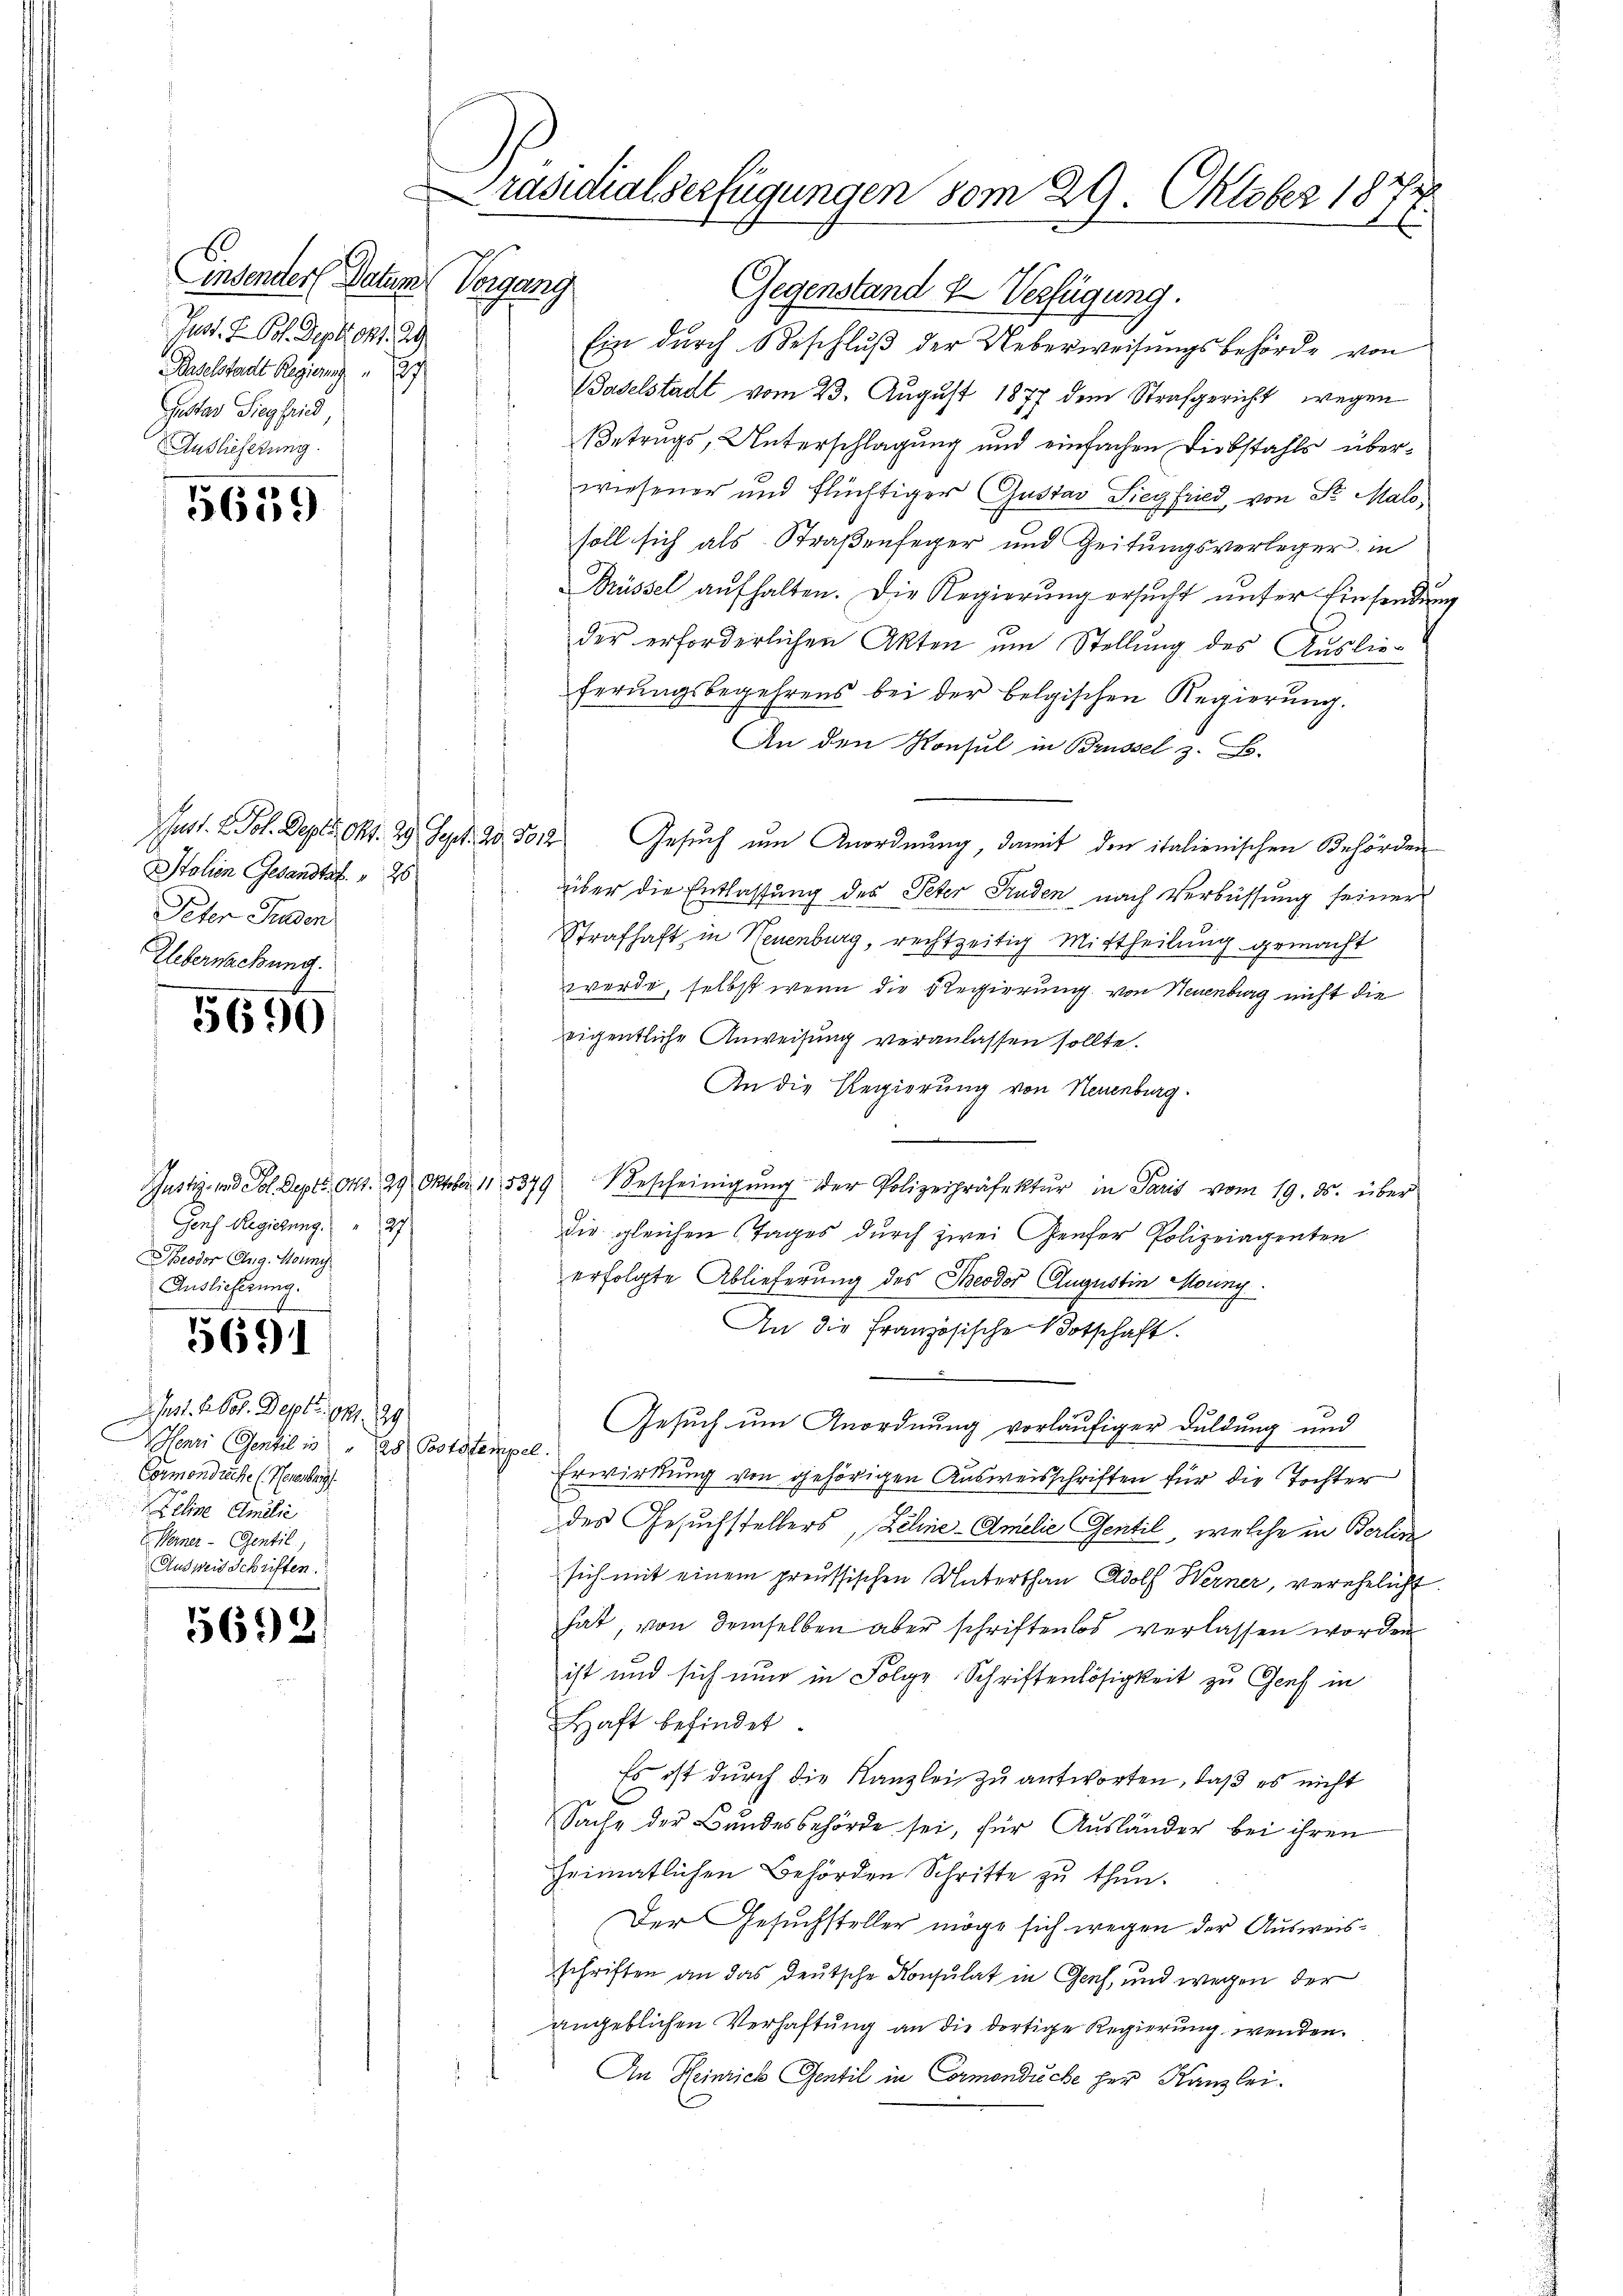
Einsenders Datum Vorgang
Just. F. Pol. Depart. 29
Baselstadt Regierung
Pestar Siegfried
Auslieferung

5619

Italien Gesandten " 20
Peter Juden
Ueberwachung.

5690

Gens Regierung.    "  27
Beodor Aug. Sonny
Auslieferung.

5691

hst. I. bot. Dept. 141. 29
Henri Gentil in " 128 Poststempel.
Gormondreche (Neuenburg
Zeline Amilie
Werner - Gentil
Ausweis Schriften.

5692

Präsidialserfügungen vom 29. Oktober 1877

Gegenstand & Verfügung.
Ein durch Beschluß der Ueberweisungsbehörde von
Baselstadt vom 23. August 1877 dem Strafgericht wegen
Betrugs, Unterschlagung und einfachen Diebstahls überwiesener und flüchtiger Gustav Siegfried, von Sr. Malosoll sich als Straßenfeger und Zeitungsverleger in
rüssel aŭfhalten. Die Regierŭng ersŭcht ŭnter Einsendŭn
der erforderlichen Akten um Stellung des Auslieferungsbegehrens bei der belgischen Regierung.
An den Konsul in Brüssel z. B.
Juss. E. Pol. Depts, Okt. 29. Sept. 205012) Gesuch um Anordnung, damit den italienischen Behörden
über die Entlassung des Peter Finden, nach Verbüssung seiner
Strafhaft in Neuenburg, rechtzeitig Mittheilung gemacht
werde, selbst wenn die Regierung von Neuenburg nicht die
s
s
eigentliche Anweisung veranlassen sollte.
An die Regierung von Neuenburg.
d
Justiz- und Sol. Sept. 641. 29 Oktober 115379 Bescheinigŭng der Polizeipräfektŭr in Paris vom 19. ds. über
die gleichen (Tages durch zwei Genfer Polizeiagenten
erfolgte Ablieferung des Theodor Augustin Moring
An die Französische Botschaft.
Gesuch um Anordnung vorläufiger Duldung und
Erwirkung von gehörigen Ausweisschriften für die Tochter
des Gesuchstellers, Zeline-Amilie Gentil, welche in Berlin
sich mit einem preussischen Unterthan Adolf Werner, verehelicht.
hat, von demselben aber schriftenlos verlassen worden
ist und sich nun in Folge Schriftenlosigkeit zu Genf in
Haft befindet.
Es ist durch die Kanzlei zu antworten, daß es nicht
Sache der Bundesbehörde sei, für Ausländer bei ihren
heimatlichen Behörden Schritte zu thun.
Der Gesuchsteller möge sich wegen der Ausweisschriften an das deutsche Konsulat in Genf, und wegen der
angeblichen Verhaftung an die dortige Regierung wenden.
An Heinrich Sentil in Cormonduche her Kanzlei.